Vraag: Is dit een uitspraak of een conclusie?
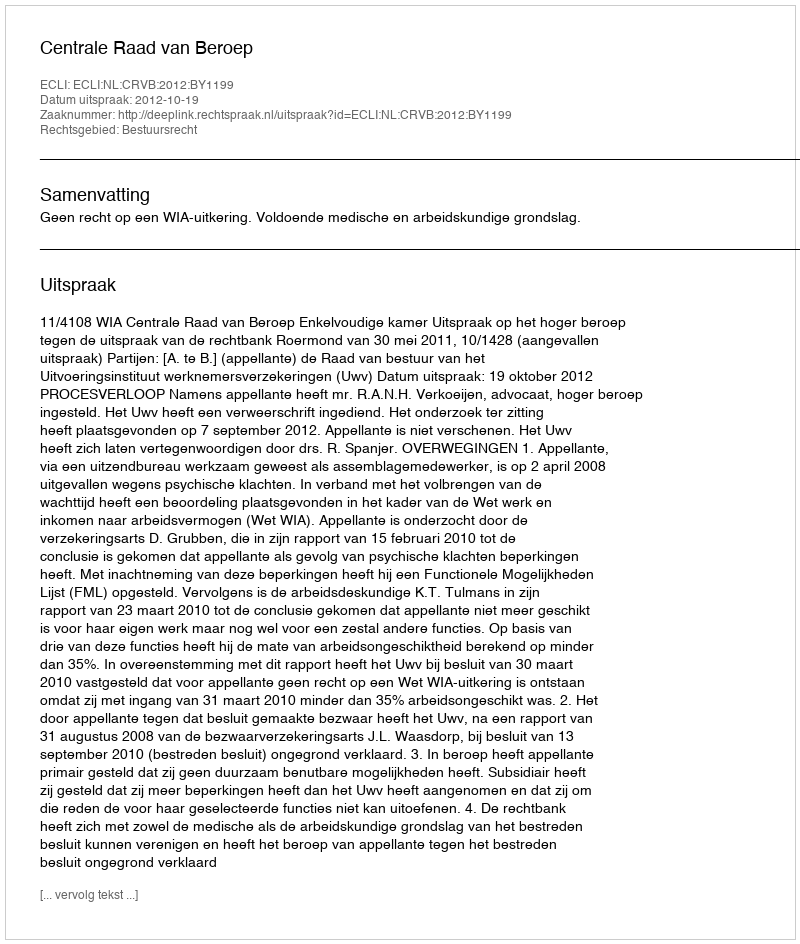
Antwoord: Uitspraak